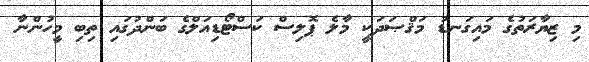
މި ޒިޔާރަތުގެ މައިގަނޑު މަޤްޞަދަކީ މާލެ ޕޮލިސް ކަސްޓޯޑިއަލްގެ ބަންދުގައި ތިބި މީހުންނާ